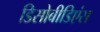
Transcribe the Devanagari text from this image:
डिसोबीडिएंस